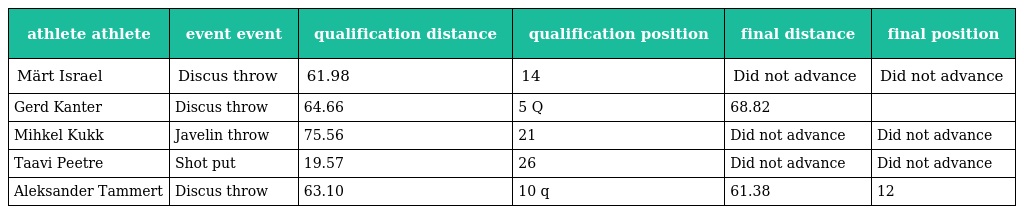
| athlete athlete | event event | qualification distance | qualification position | final distance | final position |
 | --- | --- | --- | --- | --- | --- |
 | Märt Israel | Discus throw | 61.98 | 14 | Did not advance | Did not advance |
 | Gerd Kanter | Discus throw | 64.66 | 5 Q | 68.82 |  |
 | Mihkel Kukk | Javelin throw | 75.56 | 21 | Did not advance | Did not advance |
 | Taavi Peetre | Shot put | 19.57 | 26 | Did not advance | Did not advance |
 | Aleksander Tammert | Discus throw | 63.10 | 10 q | 61.38 | 12 |